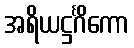
အရိယဋ္ဌင်္ဂိကော